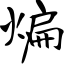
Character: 煸